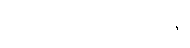
ပြောင်းလဲပေးရန်